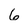
Character: G